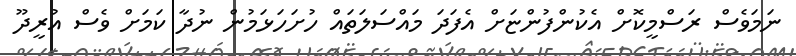
ނަމަވެސް ރަސްމީކޮށް އެކުންފުންޏަށް އެފަދަ މައްސަލަތައް ހުށަހަޅަމުން ނުދާ ކަމަށް ވެސް އުރީދޫ